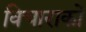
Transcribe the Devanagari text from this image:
विचाराकों